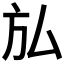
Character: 𭤩